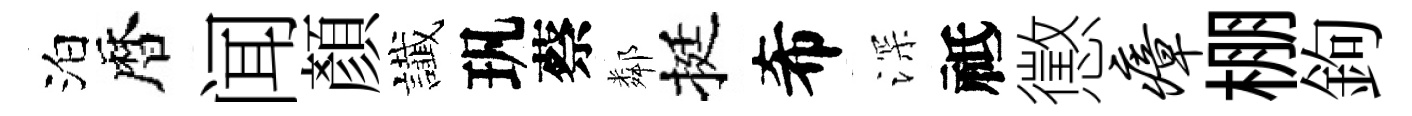
泊暦闻顏䜟㺬蔡鄰挺希深祗懲瘴棚鉤